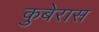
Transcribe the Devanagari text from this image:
कुबेरास